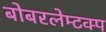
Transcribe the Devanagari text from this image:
बोबरलेम्टक्प